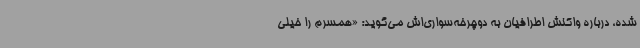
شده، درباره واکنش اطرافیان به دوچرخه‌سواری‌اش می‌گوید: «همسرم را خیلی